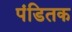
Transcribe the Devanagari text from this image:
पंडितक